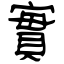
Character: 實